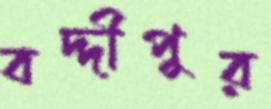
বদ্দীপুর